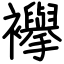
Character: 襷